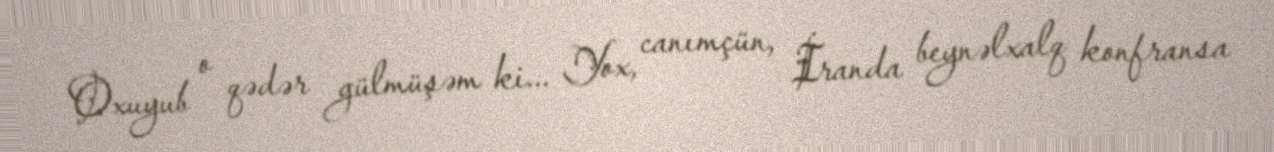
Oxuyub o qədər gülmüşəm ki... Yox, canımçün, İranda beynəlxalq konfransa